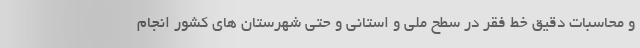
و محاسبات دقیق خط فقر در سطح ملی و استانی و حتی شهرستان های کشور انجام